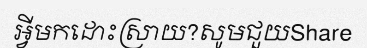
អ្វីមកដោះស្រាយ?សូមជួយShare